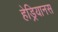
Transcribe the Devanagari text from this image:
हेड्रियानस